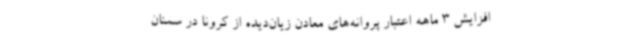
افزایش 3 ماهه اعتبار پروانه‌های معادن زیان‌دیده از کرونا در سمنان